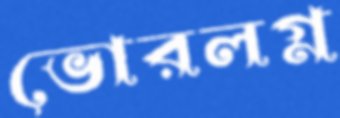
ভোরলগ্ন